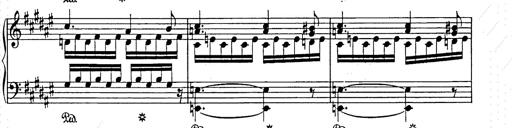
Title: Weihnachtsbaum
Composer: Franz Liszt